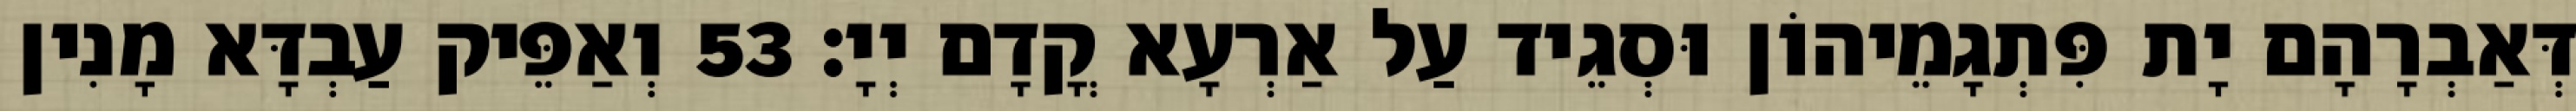
דְּאַבְרָהָם יָת פִּתְגָמֵיהוֹן וּסְגֵיד עַל אַרְעָא קֳדָם יְיָ׃ 53 וְאַפֵּיק עַבְדָּא מָנִין